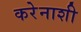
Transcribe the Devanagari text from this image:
करेेनाशी